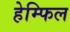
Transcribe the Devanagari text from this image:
हेम्फिल